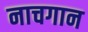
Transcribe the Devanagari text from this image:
नाचगान